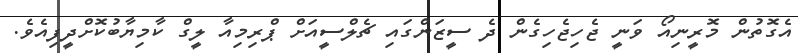
އެގޮތުން މޮރީނިއޯ ވަނީ ޖެހިޖެހިގެން ދެ ސީޒަންގައި ޗެލްސީއަށް ޕްރިމިއާ ލީގް ކާމިޔާބުކޮށްދީފިއެވެ.